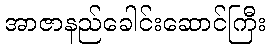
အာဇာနည်ခေါင်းဆောင်ကြီး